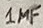
Text: 1µF